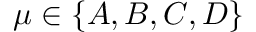
\mu \in \{ A , B , C , D \}